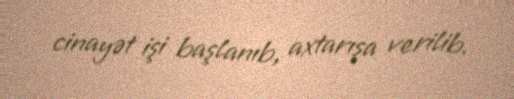
cinayət işi başlanıb, axtarışa verilib.